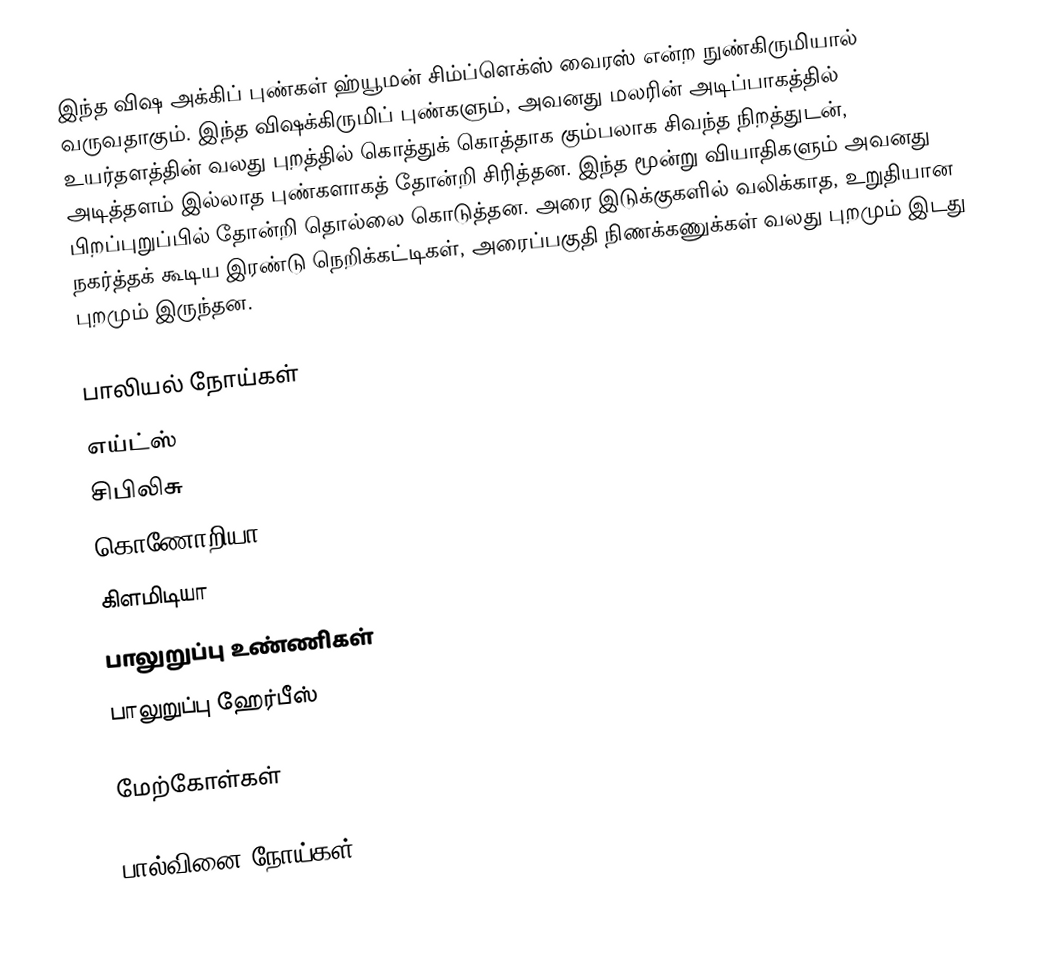
இந்த விஷ அக்கிப் புண்கள் ஹ்யூமன் சிம்ப்ளெக்ஸ் வைரஸ் என்ற நுண்கிருமியால் வருவதாகும். இந்த விஷக்கிருமிப் புண்களும், அவனது மலரின் அடிப்பாகத்தில் உயர்தளத்தின் வலது புறத்தில் கொத்துக் கொத்தாக கும்பலாக சிவந்த நிறத்துடன், அடித்தளம் இல்லாத புண்களாகத் தோன்றி சிரித்தன. இந்த மூன்று வியாதிகளும் அவனது பிறப்புறுப்பில் தோன்றி தொல்லை கொடுத்தன. அரை இடுக்குகளில் வலிக்காத, உறுதியான நகர்த்தக் கூடிய இரண்டு நெறிக்கட்டிகள், அரைப்பகுதி நிணக்கணுக்கள் வலது புறமும் இடது புறமும் இருந்தன.

பாலியல் நோய்கள்
 எய்ட்ஸ்
 சிபிலிசு
 கொணோறியா
 கிளமிடியா
 பாலுறுப்பு உண்ணிகள்
 பாலுறுப்பு ஹேர்பீஸ்

மேற்கோள்கள்

பால்வினை நோய்கள்